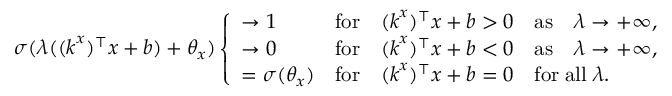
\sigma ( \lambda ( ( \boldsymbol { k } ^ { x } ) ^ { \top } \boldsymbol { x } + b ) + \theta _ { x } ) \left\{ \begin{array} { l l } { \to 1 } & { \mathrm { f o r } \quad ( \boldsymbol { k } ^ { x } ) ^ { \top } \boldsymbol { x } + b > 0 \quad \mathrm { a s } \quad \lambda \to + \infty , } \\ { \to 0 } & { \mathrm { f o r } \quad ( \boldsymbol { k } ^ { x } ) ^ { \top } \boldsymbol { x } + b < 0 \quad \mathrm { a s } \quad \lambda \to + \infty , } \\ { = \sigma ( \theta _ { x } ) } & { \mathrm { f o r } \quad ( \boldsymbol { k } ^ { x } ) ^ { \top } \boldsymbol { x } + b = 0 \quad \mathrm { f o r } \; \mathrm { a l l } \; \lambda . } \end{array} \right.